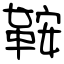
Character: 鞍